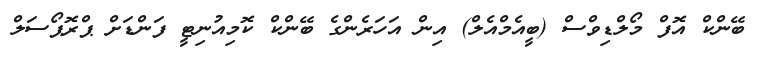
ބޭންކް އޮފް މޯލްޑިވްސް (ބީއެމްއެލް) އިން އަހަރެންގެ ބޭންކް ކޮމިއުނިޓީ ފަންޑަށް ޕްރޮޕޯސަލް